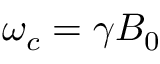
\omega _ { c } = \gamma B _ { 0 }